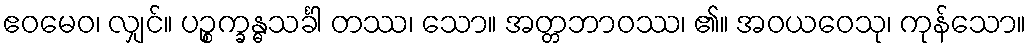
ဧဝမေဝ၊ လျှင်။ ပဉ္စက္ခန္ဓသင်္ခါ တဿ၊ သော။ အတ္တဘာဝဿ၊ ၏။ အဝယဝေသု၊ ကုန်သော။